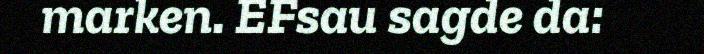
marken. EFsau sagde da: